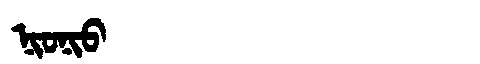
Manchu: ᠨᡳᠣᠨᡳᠣ
Romanization: NIONIO